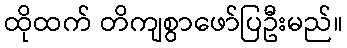
ထိုထက် တိကျစွာဖော်ပြဦးမည်။